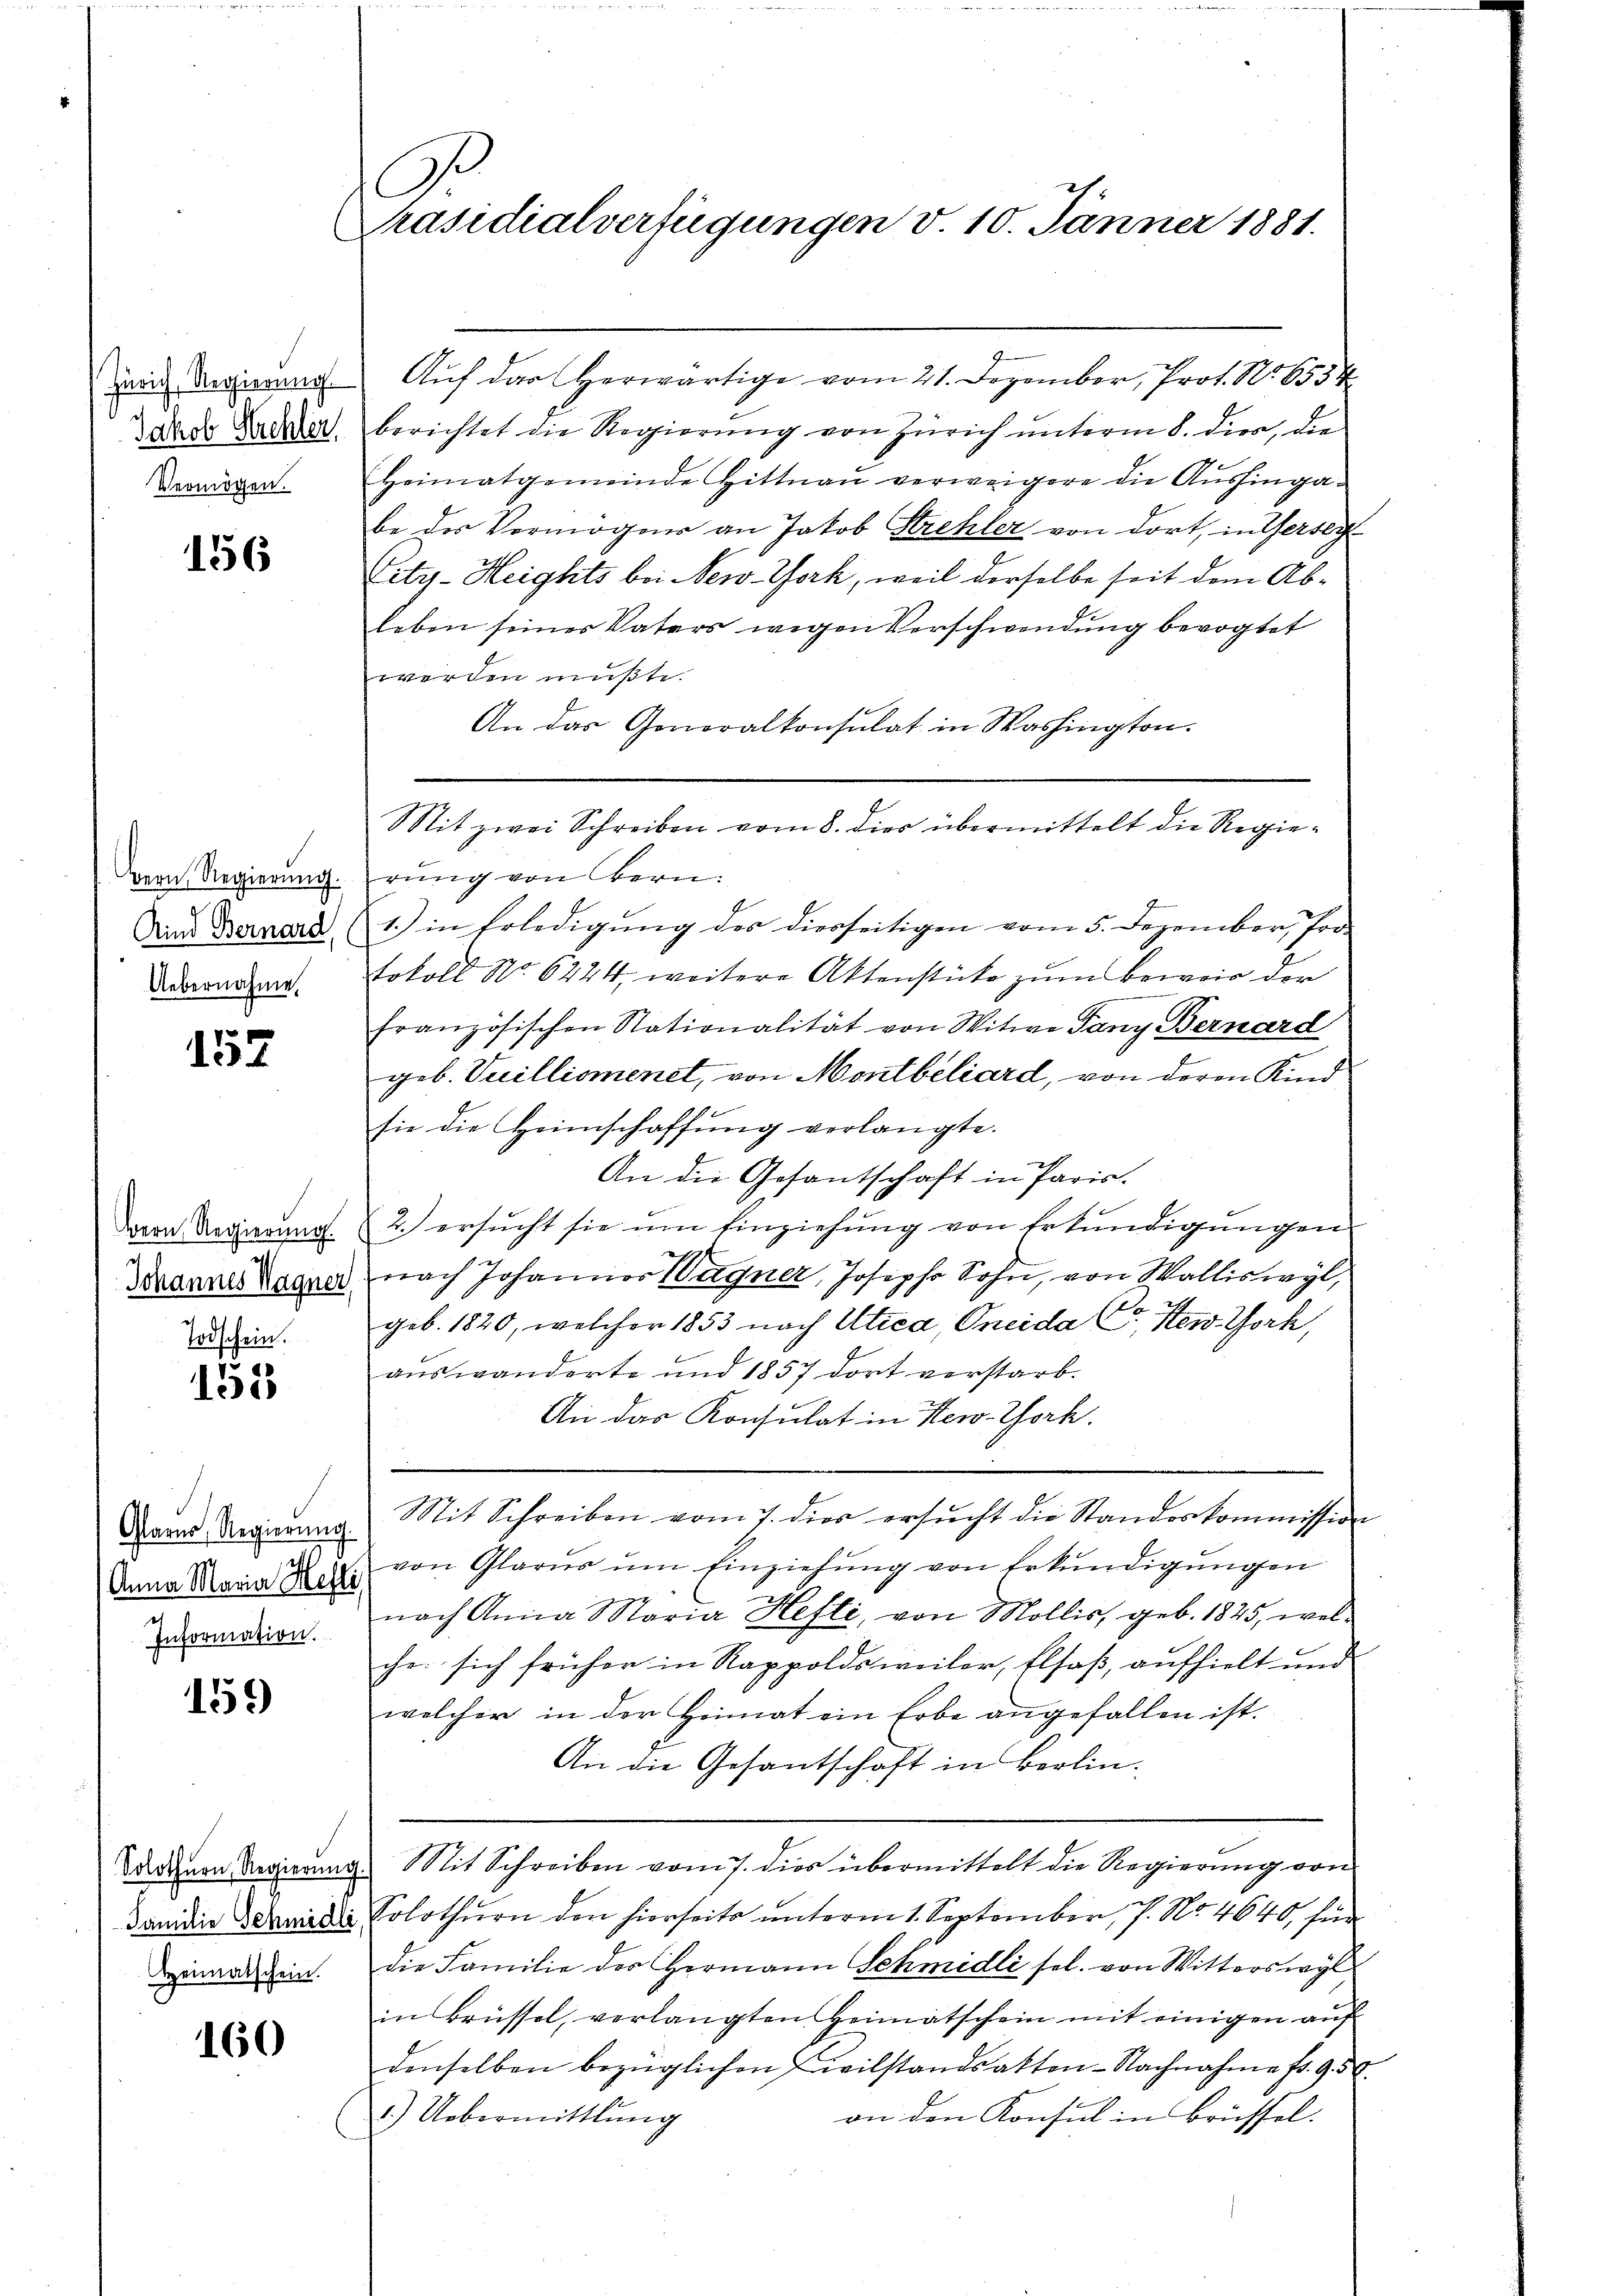
Zürich, Regierung
Jakob Strehlen
Vermögen.

156

Bern, Regierung.
Kind Bernard,
Uebernahme.

157

Bern Regierung
.
Johannes Wagner,

Todschein.
153

Glarus, Regierung.
(Anna Maria Hefti
Information.

159

160

C
Präsidialverfügungen v. 10. Jänner 1881.

Solothurn, Regierŭng.
Familie Schmidli
Heimatschein.

Aŭf das herwärtige vom 21. Dezember, Prot. No. 6554
berichtet die Regierŭng von Zürich ŭnterm 8. dies, die
Heimatgemeinde Hittnau verweigere die Aushingabe der Vermögen an Jakob Strehler von dort, in Gersei
City-Heights bei New York, weil derselbe seit dem Ableben seines Vaters wegen Verschwendung bevogtet
werden müßte.
An das Generalkonsulat in Washington.
Mit zwei Schreiben vom 8. dies übermittelt die Regierung von Bern.
1.) in Erledigung des diesseitigen vom 5. Dezember, Por
Sokoll No 6424, weitere Aktenstücke zum Beweis der
französischen Nationalität von Witwe Tany Bernard
geb. Vuillismenet, von Montbéliard, von deren Kind
sie die Heimschaffŭng verlangte.
An die Gesantschaft in Paris.
2.) ersucht sie um Einziehung von Erkundigungen
nach Johannes Wagner, Joseph Sohn, von Walliswyl,
geb. 1820, welcher 1853 nach Utica, Oncida C. Stew York,
auswanderte und 1857 dort verstarb.
An das Konsulat in New-York.
Mit Schreiben vom 7. dies ersucht die Standeskommission
von Glarus um Einziehung von Erkundigungen
nach Anna Maria Hefti, von Mollis, geb. 1875, welchr. sich früher in Rappoldsweiler, Elsaß, aufhielt und
welcher in der Heimat ein Erbe angefallen ist.
An die Gesantschaft in Berlin.
Mit Schreiben vom 7. dies übermittelt die Regierung von
Solothurn den hierseits unterm 1. September, 7. No. 4640, für
die Familie des Hermann Schmidli sel. von Witterswyl
in Brüssel, verlangten Heimatschein mit einigen auf
denselben bezüglichen Civilstandsakten-Nachnahme fr. 93.
an den Konsul in Brüssel.
1.) Uebermittlung